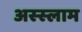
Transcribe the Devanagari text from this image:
अस्‍स्‍लाम